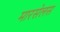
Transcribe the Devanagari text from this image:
मारसेलस